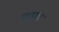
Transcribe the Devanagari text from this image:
सल्फुर